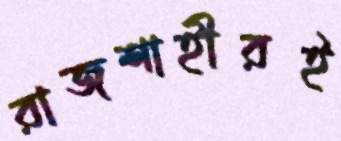
রাজশাহীরই